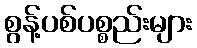
စွန့်ပစ်ပစ္စည်းများ